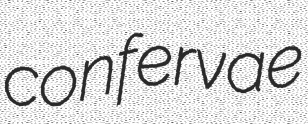
confervae